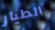
الطيار